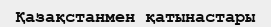
Қазақстанмен қатынастары